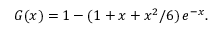
G ( x ) = 1 - ( 1 + x + x ^ { 2 } / 6 ) \, e ^ { - x } .